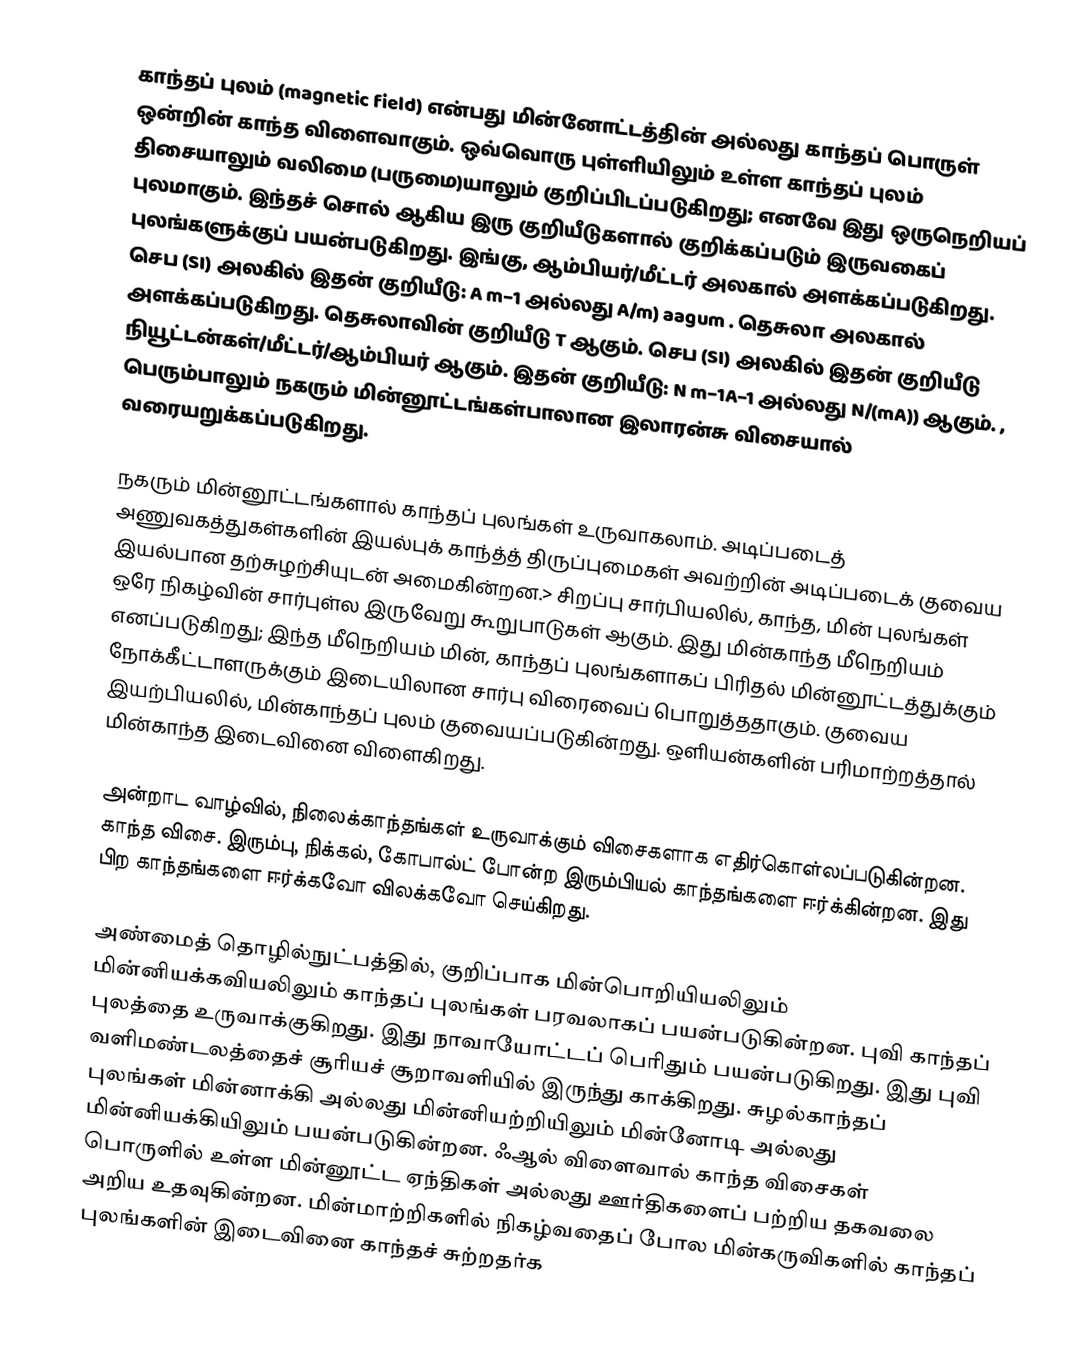
காந்தப் புலம் (magnetic field) என்பது மின்னோட்டத்தின் அல்லது காந்தப் பொருள் ஒன்றின் காந்த விளைவாகும். ஒவ்வொரு புள்ளியிலும் உள்ள காந்தப் புலம் திசையாலும் வலிமை (பருமை)யாலும் குறிப்பிடப்படுகிறது; எனவே இது ஒருநெறியப் புலமாகும். இந்தச் சொல்    ஆகிய இரு குறியீடுகளால் குறிக்கப்படும் இருவகைப் புலங்களுக்குப் பயன்படுகிறது. இங்கு,   ஆம்பியர்/மீட்டர் அலகால் அளக்கப்படுகிறது. செப (SI) அலகில் இதன் குறியீடு: A m−1 அல்லது A/m) aagum .   தெசுலா அலகால் அளக்கப்படுகிறது. தெசுலாவின் குறியீடு T ஆகும். செப (SI) அலகில் இதன் குறியீடு  நியூட்டன்கள்/மீட்டர்/ஆம்பியர் ஆகும். இதன் குறியீடு: N m−1A−1 அல்லது N/(mA)) ஆகும்.  , பெரும்பாலும் நகரும் மின்னூட்டங்கள்பாலான இலாரன்சு விசையால் வரையறுக்கப்படுகிறது.

நகரும் மின்னூட்டங்களால் காந்தப் புலங்கள் உருவாகலாம். அடிப்படைத் அணுவகத்துகள்களின் இயல்புக் காந்த்த் திருப்புமைகள் அவற்றின் அடிப்படைக் குவைய இயல்பான தற்சுழற்சியுடன் அமைகின்றன.> சிறப்பு சார்பியலில், காந்த, மின் புலங்கள் ஒரே நிகழ்வின் சார்புள்ல இருவேறு கூறுபாடுகள் ஆகும். இது மின்காந்த மீநெறியம் எனப்படுகிறது; இந்த மீநெறியம் மின், காந்தப் புலங்களாகப் பிரிதல் மின்னூட்டத்துக்கும் நோக்கீட்டாளருக்கும் இடையிலான சார்பு விரைவைப் பொறுத்ததாகும். குவைய இயற்பியலில், மின்காந்தப் புலம் குவையப்படுகின்றது. ஒளியன்களின் பரிமாற்றத்தால் மின்காந்த இடைவினை விளைகிறது.

அன்றாட வாழ்வில், நிலைக்காந்தங்கள் உருவாக்கும் விசைகளாக எதிர்கொள்லப்படுகின்றன. காந்த விசை. இரும்பு, நிக்கல், கோபால்ட் போன்ற  இரும்பியல் காந்தங்களை ஈர்க்கின்றன. இது பிற காந்தங்களை ஈர்க்கவோ விலக்கவோ செய்கிறது.

அண்மைத் தொழில்நுட்பத்தில், குறிப்பாக மின்பொறியியலிலும் மின்னியக்கவியலிலும் காந்தப் புலங்கள் பரவலாகப் பயன்படுகின்றன. புவி காந்தப் புலத்தை உருவாக்குகிறது. இது நாவாயோட்டப் பெரிதும் பயன்படுகிறது. இது புவி வளிமண்டலத்தைச் சூரியச் சூறாவளியில் இருந்து காக்கிறது. சுழல்காந்தப் புலங்கள் மின்னாக்கி அல்லது மின்னியற்றியிலும் மின்னோடி அல்லது மின்னியக்கியிலும் பயன்படுகின்றன. ஃஆல் விளைவால் காந்த விசைகள் பொருளில் உள்ள மின்னூட்ட ஏந்திகள் அல்லது ஊர்திகளைப் பற்றிய தகவலை அறிய உதவுகின்றன. மின்மாற்றிகளில் நிகழ்வதைப் போல மின்கருவிகளில் காந்தப் புலங்களின் இடைவினை காந்தச் சுற்றதர்க